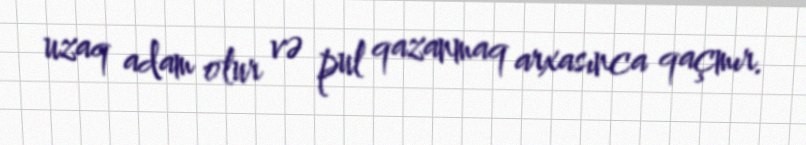
uzaq adam olur və pul qazanmaq arxasınca qaçmır.